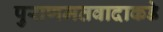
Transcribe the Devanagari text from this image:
पुराणमतवादाकडे